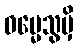
ဓမ္မေသွမှိ